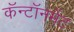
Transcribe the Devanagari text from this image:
कॅन्टॉनमेंट